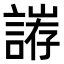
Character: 𮘥